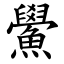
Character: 鱟